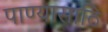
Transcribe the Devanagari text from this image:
पाण्यासाठि